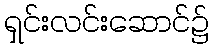
ရှင်းလင်းဆောင်၌